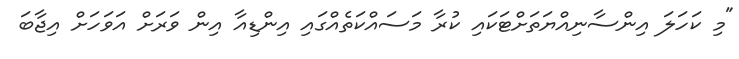
"މި ކަހަލަ އިންސާނިއްޔަތަށްޓަކައި ކުރާ މަސައްކަތެއްގައި އިންޑިއާ އިން ވަރަށް އަވަހަށް އިޖާބަަ